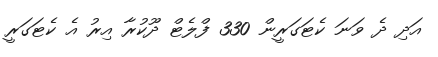
އަދި ދެ ވަނަ ކެޓަގަރީން 330 ފްލެޓް ދޫކުރާ އިރު އެ ކެޓަގަރީ